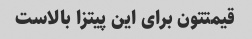
قیمتتون برای این پیتزا بالاست